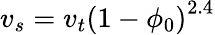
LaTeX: v_{s}=v_{t}\left(1-\phi_{0}\right)^{2.4}